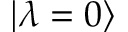
| \lambda = 0 \rangle